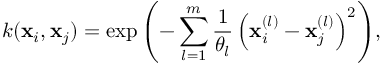
k ( \mathbf { x } _ { i } , \mathbf { x } _ { j } ) = \exp { \left( - \sum _ { l = 1 } ^ { m } \frac { 1 } { \theta _ { l } } \left( \mathbf { x } _ { i } ^ { ( l ) } - \mathbf { x } _ { j } ^ { ( l ) } \right) ^ { 2 } \right) } ,